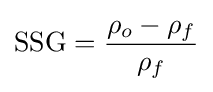
{\text{SSG}}={\frac {\rho _{o}-\rho _{f}}{\rho _{f}}}